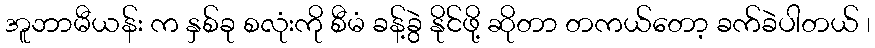
အူဘာမီယန်း က နှစ်ခု စလုံးကို စီမံ ခန့်ခွဲ နိုင်ဖို့ ဆိုတာ တကယ်တော့ ခက်ခဲပါတယ် ၊